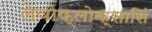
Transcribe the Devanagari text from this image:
लेवोफ्लोक्सासिं